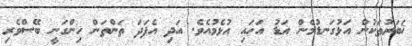
ޚަބަރުތަކުން އަޅުގަނޑުމެން އަޑު އަހައި އުޅެމުއެވެ. އަދި އެފަދަ ތަންތަން ހިންގަނީ ބޭސްވެރި